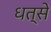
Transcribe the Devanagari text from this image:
धत्से